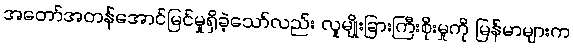
အတော်အတန်အောင်မြင်မှုရှိခဲ့သော်လည်း လူမျိုးခြားကြီးစိုးမှုကို မြန်မာများက